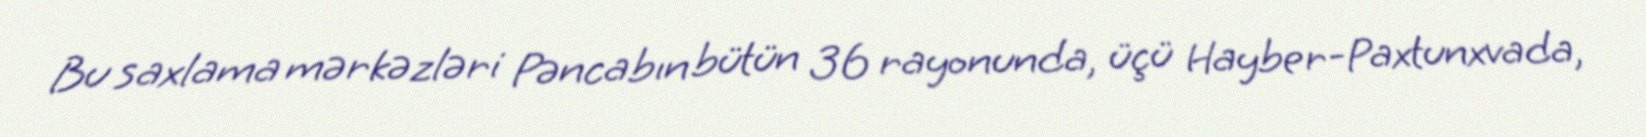
Bu saxlama mərkəzləri Pəncabın bütün 36 rayonunda, üçü Hayber-Paxtunxvada,